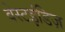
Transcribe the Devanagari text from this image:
वेस्टइंडिज़